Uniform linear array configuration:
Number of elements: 16
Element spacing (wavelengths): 0.25
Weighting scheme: blackman
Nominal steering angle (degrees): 45
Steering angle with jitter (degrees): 46.822
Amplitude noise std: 0.05
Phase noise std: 0.05

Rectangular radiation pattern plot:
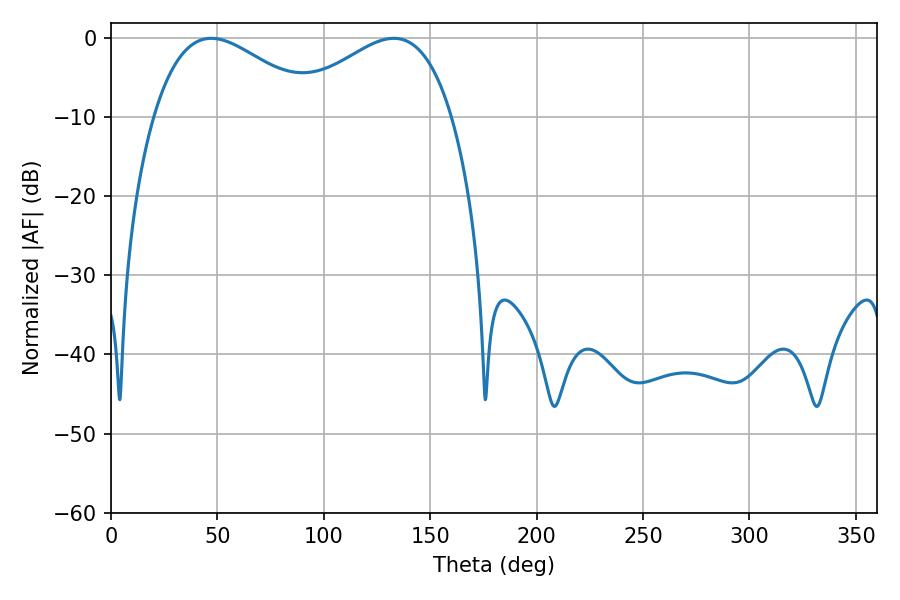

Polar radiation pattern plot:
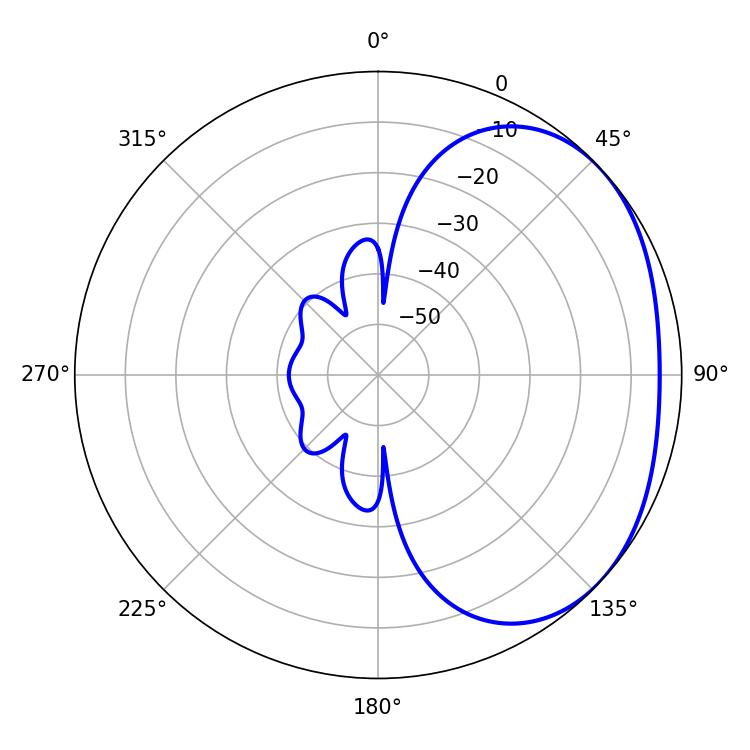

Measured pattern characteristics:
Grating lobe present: FALSE
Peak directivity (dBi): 2.296
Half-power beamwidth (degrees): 41.76
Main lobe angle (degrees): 47.16